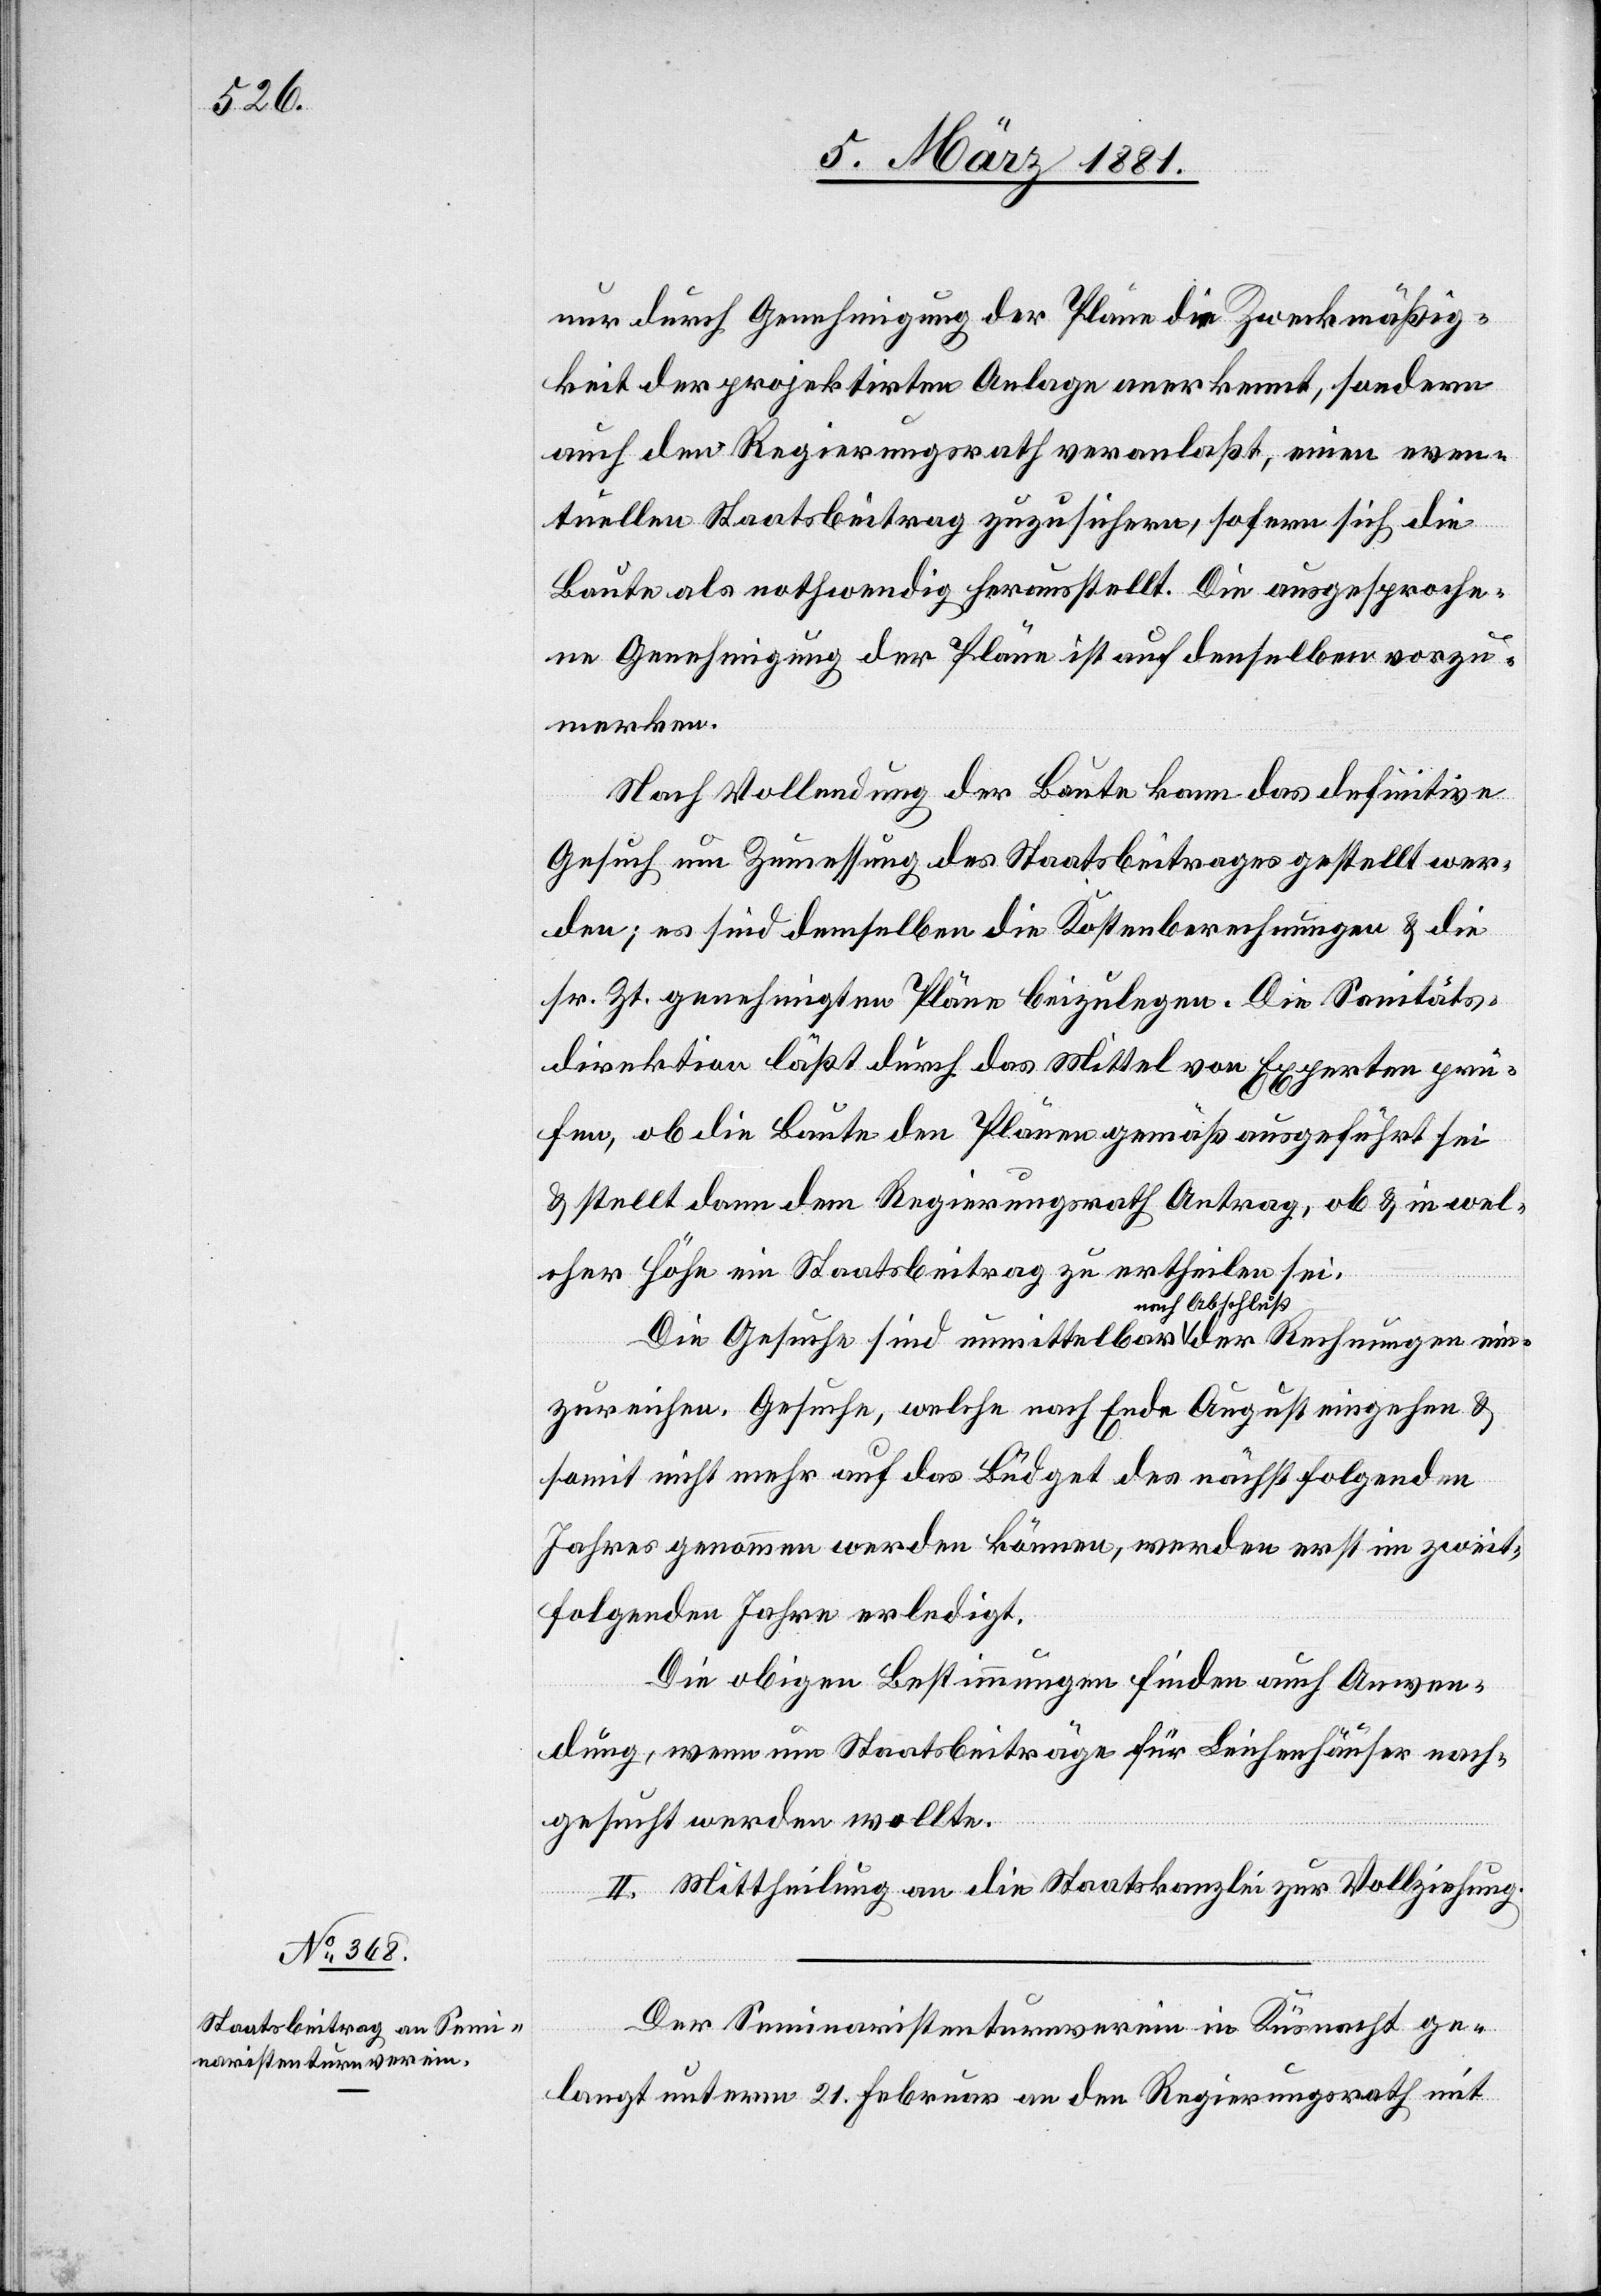
nur durch Genehmigung der Pläne die Zweckmäßig¬
keit der projektirten Anlage anerkennt, sondern
auch den Regierungsrath veranlaßt, einen even¬
tuellen Staatsbeitrag zuzusichern, sofern sich die
Baute als nothwendig herausstellt. Die ausgesproche¬
ne Genehmigung der Pläne ist auf denselben vorzu¬
merken.
Nach Vollendung der Baute kann das definitive
Gesuch um Zumessung des Staatsbeitrages gestellt wer¬
den; es sind demselben die Kostenberechnungen & die
sr. Zt. genehmigten Pläne beizulegen. Die Sanitäts¬
direktion läßt durch das Mittel von Experten prü¬
fen, ob die Baute den Plänen gemäß ausgeführt sei
& stellt dann dem Regierungsrath Antrag, ob & in wel¬
cher Höhe ein Staatsbeitrag zu ertheilen sei.
Die Gesuche sind unmittelbar nach Abschluß der Rechnungen ein¬
zureichen. Gesuche, welche nach Ende August eingehen &
somit nicht mehr auf das Büdget des nächst folgenden
Jahres genommen werden können, werden erst im zweit¬
folgenden Jahre erledigt.
Die obigen Bestimmungen finden auch Anwen¬
dung, wenn um Staatsbeiträge für Leichenhäuser nach¬
gesucht werden wollte.
II. Mittheilung an die Staatskanzlei zur Vollziehung.
Der Seminaristenturnverein in Küsnacht ge¬
langt unterm 21. Februar an den Regierungsrath mit